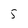
Character: 5